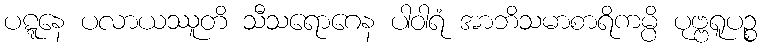
ပဋ္ဋနေ ပလာယဿူတိ သီသရောဂေန ပါဝါရံ အာဘိသမာစာရိကမ္ပိ ပုဗ္ဗရူပဉ္စ